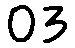
03